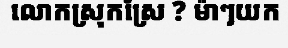
លោកស្រុកស្រែ ? ម៉ាៗយក